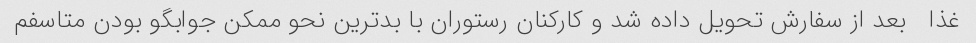
غذا   بعد از سفارش تحویل داده شد و کارکنان رستوران با بدترین نحو ممکن جوابگو بودن متاسفم